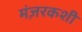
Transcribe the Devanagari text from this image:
मंज़रकशी